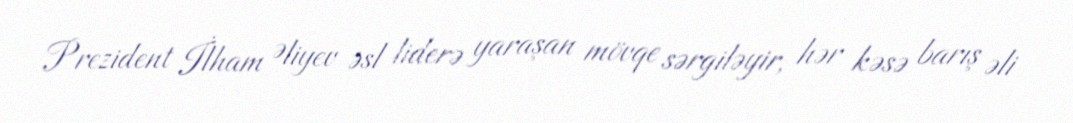
Prezident İlham Əliyev əsl liderə yaraşan mövqe sərgiləyir, hər kəsə barış əli